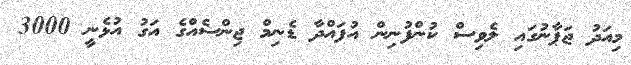
މިއަދު ޖަޕާނުގައި ލެވިސް ކުންފުނިން އުފައްދާ ޑެނިމް ޖިންސެއްގެ އަގު އުޅެނީ 3000